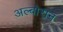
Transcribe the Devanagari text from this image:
अल्बोरान